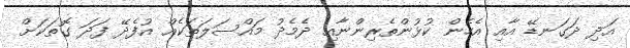
އަދި ދަގަނޑޭ އާއި އެހެން ކުޅުންތެރިންނާއި ދެމެދު މައްސަލަތަކެއް އުފެދޭ ފަދަ ގޮތަކަށް